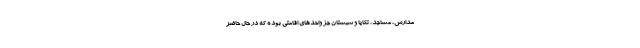
مدارس، مساجد، تکایا و شبستان جز واحدهای اقامتی بوده که در حال حاضر